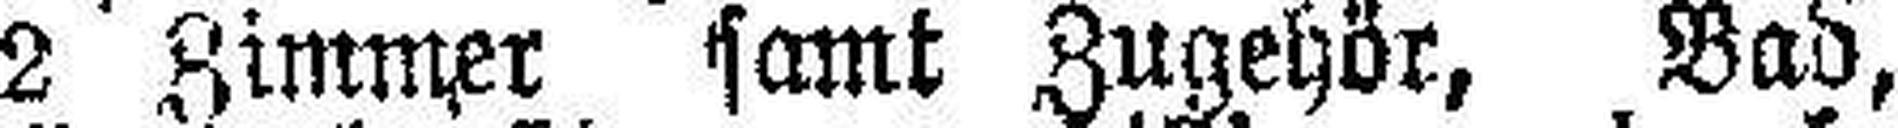
2 Zimmer samt Zugehör, Bad,